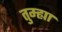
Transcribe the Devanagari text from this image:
तुम्ह्या